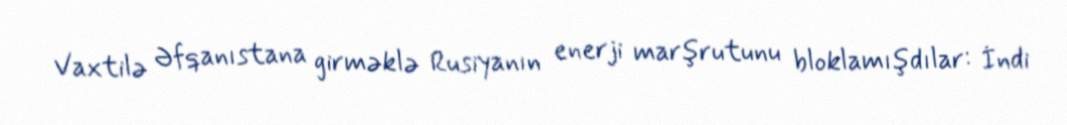
Vaxtilə Əfqanıstana girməklə Rusiyanın enerji marşrutunu bloklamışdılar: İndi